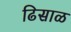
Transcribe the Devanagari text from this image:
ढिसाळ